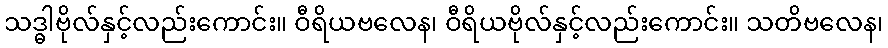
သဒ္ဓါဗိုလ်နှင့်လည်းကောင်း။ ဝီရိယဗလေန၊ ဝီရိယဗိုလ်နှင့်လည်းကောင်း။ သတိဗလေန၊